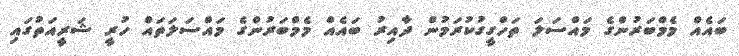
ބައެއް މެމްބަރުންގެ މައްސަލަ ތަހްގީގުކުރަމުން ދާއިރު ބައެއް މެމްބަރުންގެ މައްސަލަތައް ހުރީ ޝަރީއަތުގައި